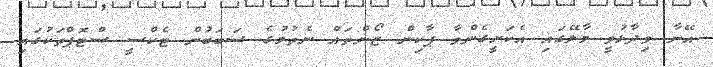
އޭނާ ވިދާޅުވީ މާލޭގައި އެކަށީގެންވާ ޕާކިން ޒޯންތައް ނެތުމުގެ ސަބަބުން ޓެކްސީ ސްޓޮޕްތަކުގައި